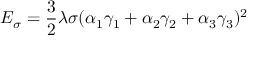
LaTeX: E _ { \sigma } = { \frac { 3 } { 2 } } \lambda \sigma ( \alpha _ { 1 } \gamma _ { 1 } + \alpha _ { 2 } \gamma _ { 2 } + \alpha _ { 3 } \gamma _ { 3 } ) ^ { 2 }